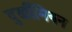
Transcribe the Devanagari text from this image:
दुर्खीमियन